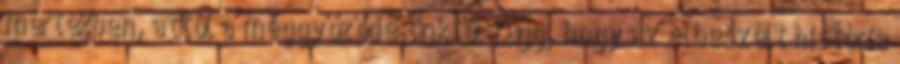
mértékben, attól a meggyőződésünktől függ, hogy az elbeszélt história